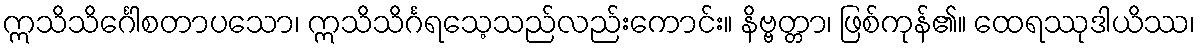
ဣသိသိင်္ဂေါစတာပသော၊ ဣသိသိင်္ဂရသေ့သည်လည်းကောင်း။ နိဗ္ဗတ္တာ၊ ဖြစ်ကုန်၏။ ထေရဿုဒါယိဿ၊